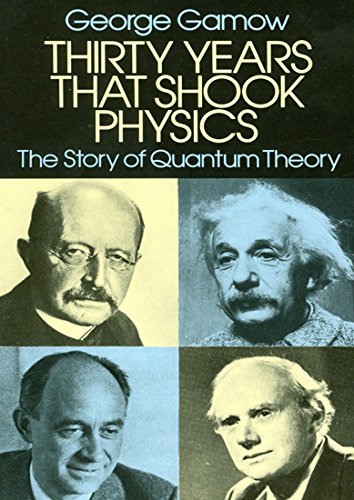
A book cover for Thirty Years that Shook Physics: The Story of Quantum Theory; George Gamow; Science & Math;